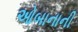
ઓબાનાની